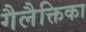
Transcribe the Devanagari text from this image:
गैलैक्तिका